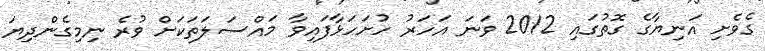
ގެވެށި އަނިޔާގެ ގޮތުގައި 2012 ވަނަ އަހަރު ހުށަހަޅާފައިވާ މައްސަލަތަކަށް ވުރެ ނިމިގެންދިޔަ